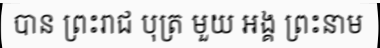
បាន ព្រះរាជ បុត្រ មួយ អង្គ ព្រះនាម